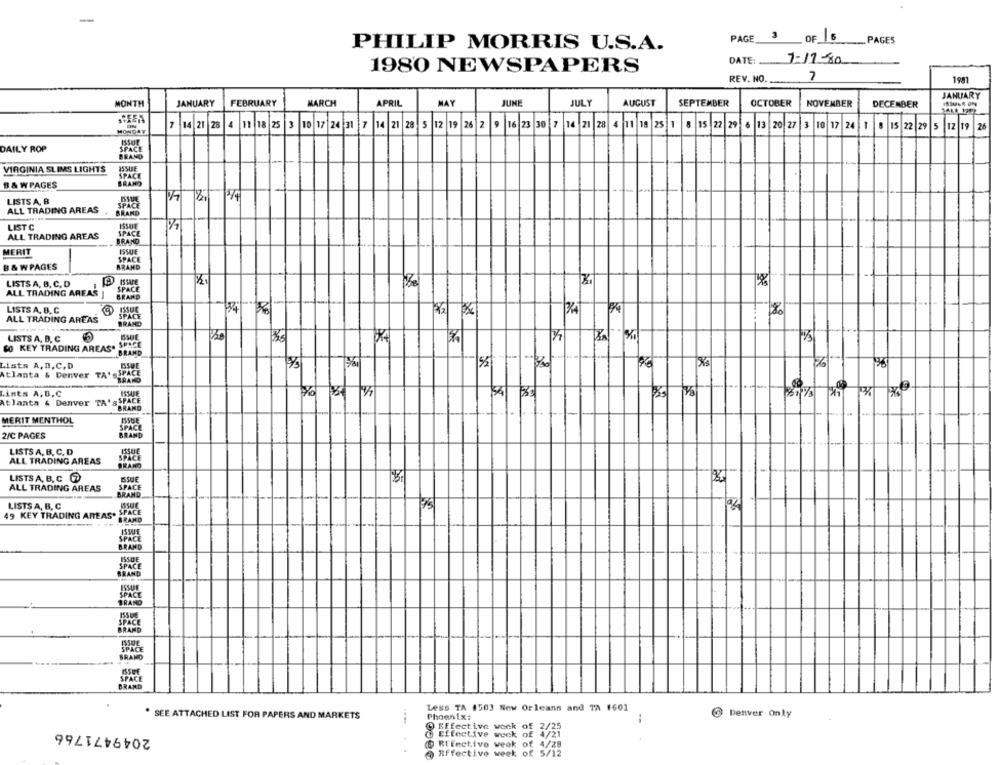
PAGE
OF 16
PAGES
PHILIP MORRIS U.S.A.
DATE:
1980 NEWSPAPERS
7
REV. NO.
199
JANUARY
MONTH
JANUARY
FEBRUARY
MARCH
APRIL
MAY
JUNE
JULY
AUGUST
SEPTEMBER
OCTOBER
NOVEMBER
DECEMBER
SAME 1742
9 16 23 30 7 14 21 28 4 11 19 25 1
MONDAY
7 14 21
28
4 11 18 25 3 10 17 24 31
7 14 21 28 5 12 19 26 2
15 22 29
13
20 27
10 17 24 1 8
15 22 29 5
12 19 26
DAILY ROP
BRAND
VIRGINIA SLIMS LIGHTS
ISSUE
SPACE
B & WPAGES
LISTS A, B
SPACE
ALL TRADING AREAS
BRAND
LIST C
ISSUE
ALL TRADING AREAS
SPACE
BRAND
MERIT
ISSUE
SPACE
B & WPAGES
BRAND
LISTS A, B, C, D
ISSARE
SPACE
ALL TRADING AREAS
GRAND
LISTS A, B, C
ALL TRADING AREAS
SPACE
BRAND
CC
LISTS A. D. C
GO KEY TRADING AREAS.
BRAND
Lists A, D.C, D
ISSUE
Atlanta & Denver TA'SSPACE
BRAND
Lists A, B,C
54 35
Atlanta & Denver TA's SPACE
BRAND
MERIT MENTHOL
SPACE
2/C PAGES
BRAND
LISTS A, B, C, D
ISSUE
ALL TRADING AREAS
BRAND
LISTS A, B, C
ALL TRADING AREAS
SPACE
BRAND
LISTS A, B, C
SPACE
49 KEY TRADING AREAS*
BRAND
ISSUE
BRAND
ISSUE
SPACE
BRAND
SPACE
BRAND
Less TA 1503 New Orleans and TA 1601
SEE ATTACHED LIST FOR PAPERS AND MARKETS
Phoenix:
-
@ Denver Only
2049471766
O Effective week of 2/25
@ Effective weck of 4/21
@ REEnctive week of 4/28
Effective week of 5/12